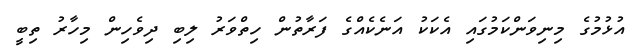
އުޅުމުގެ މިނިވަންކަމުގައި އެކަކު އަނެކެއްގެ ފަރާތުން ހިތްވަރު ލިބި ދިވެހިން މިހާރު ތިބީ